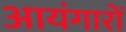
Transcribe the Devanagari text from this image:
आयंगारों